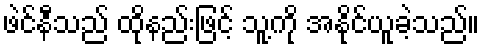
ဖဲင်နီသည် ထိုနည်းဖြင့် သူ့ကို အနိုင်ယူခဲ့သည်။